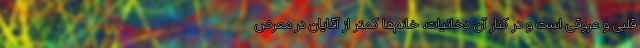
قلبی و عروقی است و در کنار آن دخانیات. خانم‌ها کمتر از آقایان در معرض